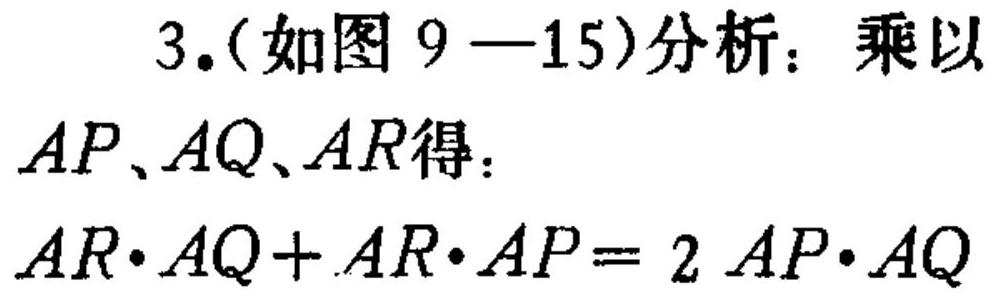
3.(如图9—15)分析：乘以
\(AP、AQ、AR\)得：
\(AR\cdot AQ + AR\cdot AP=2AP\cdot AQ\)